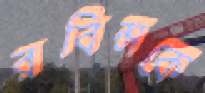
রবিন্সকে